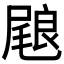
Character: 𭯢